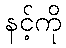
နင့်ကို